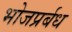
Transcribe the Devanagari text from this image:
भोजप्रर्बध